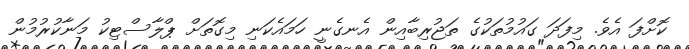
ކޮށްފަ އެވެ. މިފަދަ ގައުމުތަކުގެ ތަޖުރިބާއިން އެނގެނީ ހަމައެކަނި މިގޮތަށް ޕްލާސްޓިކު މަނާކުރުމުން